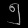
Digit: ၅